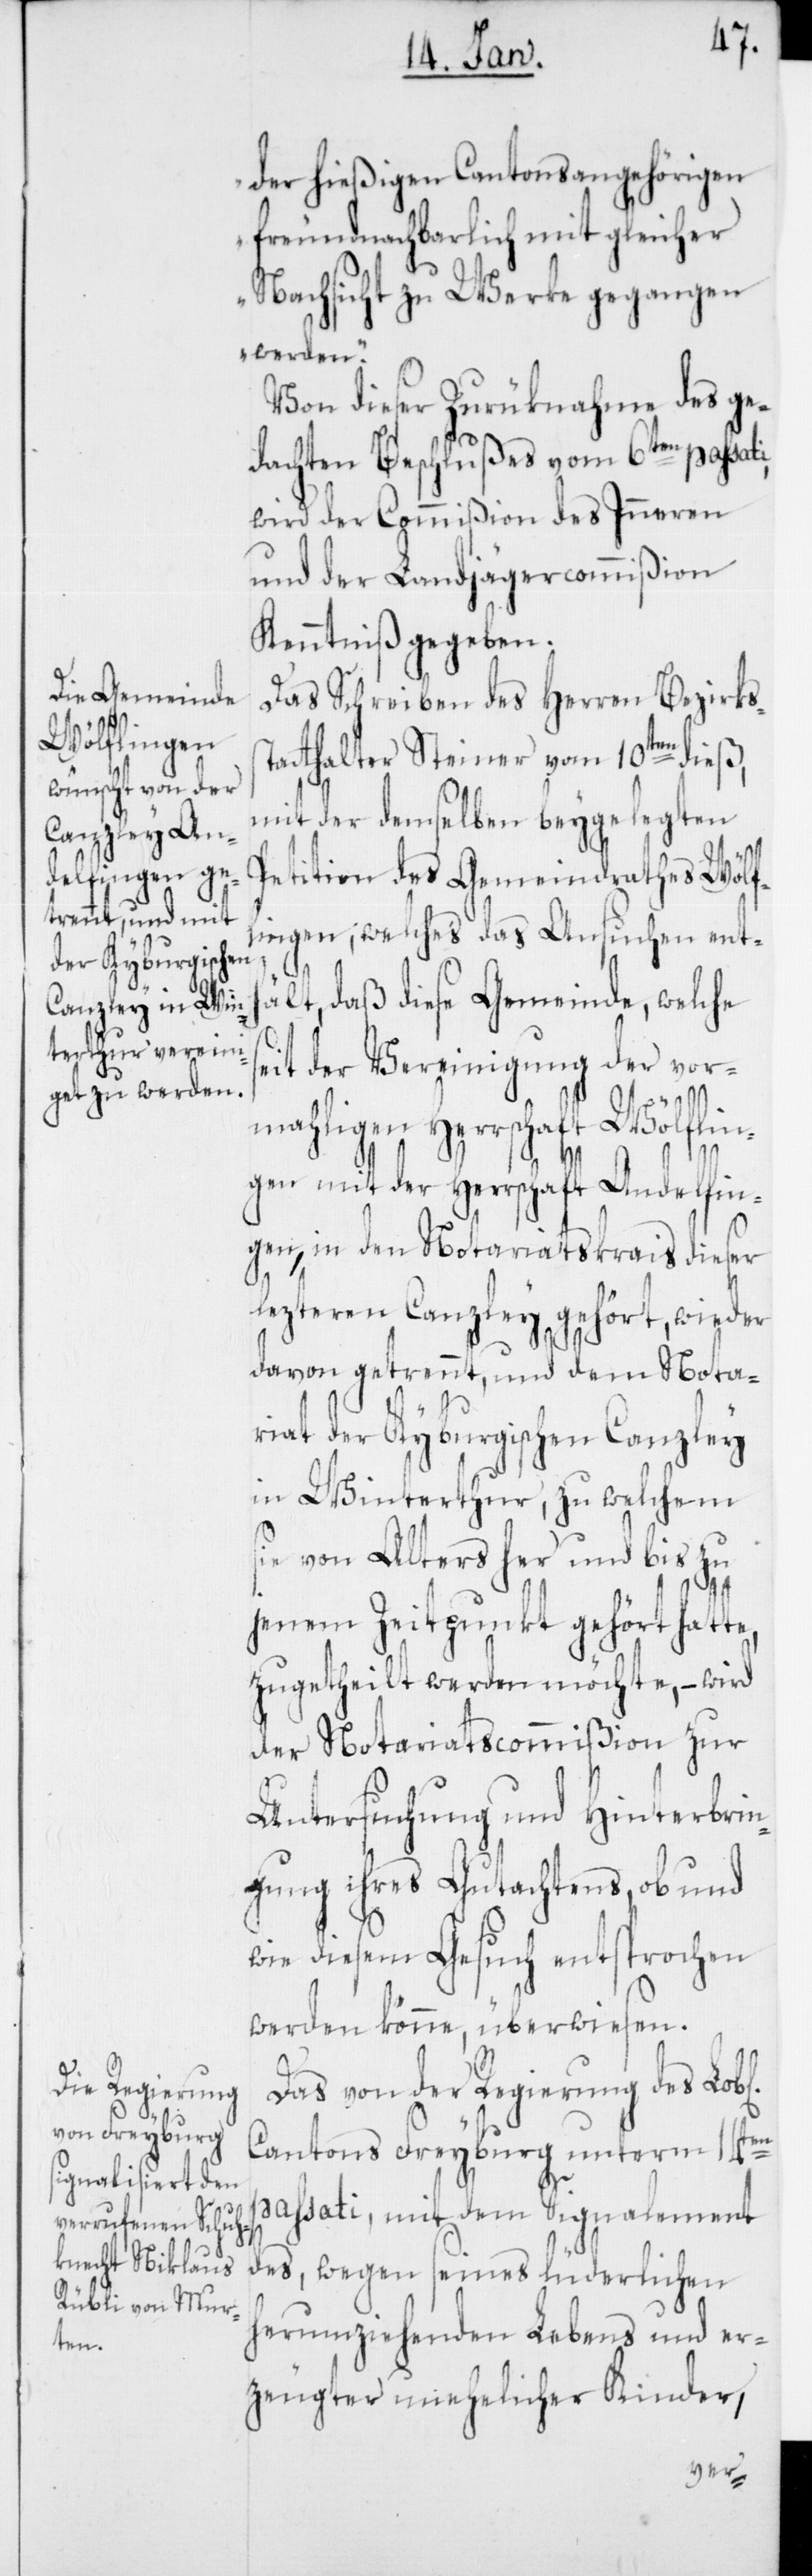
der hießigen Cantonsangehörigen
freundnachbarlich mit gleicher
Nachsicht zu Werke gegangen
werden“.
Von dieser Zurüknahme des ge¬
dachten Beschlußes vom 6ten passati,
wird der Commißion des Inneren
und der Landjägercommißion
Kenntniß gegeben.
Das Schreiben des Herren Bezirks¬
tatthalter Steiner vom 10ten dieß,
mit der demselben beygelegten
Petition des Gemeindrathes Wölfl¬
ingen, welches das Ansuchen enth¬
s¬
ält, daß diese Gemeinde, welche
it der Vereinigung der vor¬
mahligen Herrschaft Wälflin¬
gen mit der Herrschaft Andelfin¬
gen, in den Notariatskrais dieser
lezteren Canzley gehört, wieder
davon getrennt, und dem Nota¬
riat der kyburgischen Canzley
in Winterthur, zu welchem
ie von Alters her und bis zu
jenem Zeitpunkt gehört hatte,
zugetheilt werden möchte, – wird
der Notariatscommißion zur
Untersuchung und Hinterbrin¬
gung ihres Gutachtens, ob und
wie diesem Gesuch entsprochen
werden könne, überwiesen.
Das von der Regierung des Lob¬
Cantons Freyburg unterm 14ten
passati, mit dem Signalement
des, wegen seines lüderlichen
herumziehenden Lebens und er¬
zeugter unehelicher Kinder,
chen]